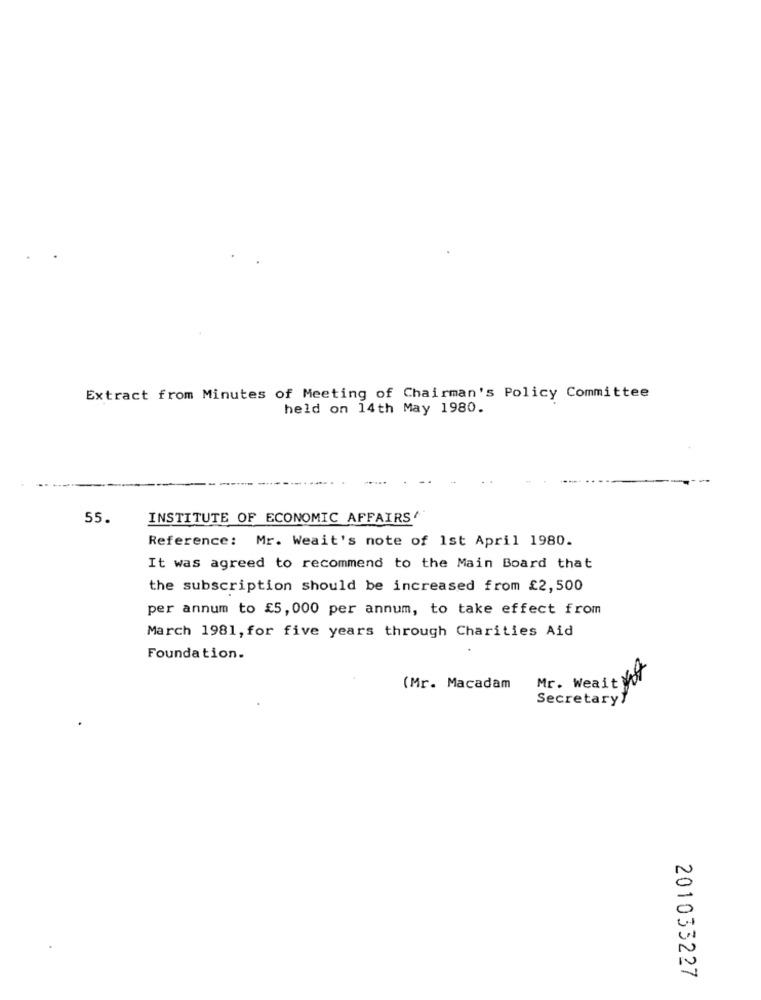
Extract from Minutes of Meeting of Chairman's Policy Committee
held on 14th May 1980.
55.
INSTITUTE OF ECONOMIC AFFAIRS'
Reference: Mr. Weait's note of 1st April 1980.
It was agreed to recommend to the Main Board that
the subscription should be increased from £2,500
per annum to £5, 000 per annum, to take effect from
March 1981, for five years through Charities Aid
Foundation.
Mr. Wealtyst
(Mr. Macadam
Secretary/
201033227